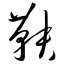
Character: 鞅